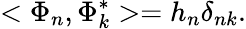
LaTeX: <\Phi_{n},\Phi_{k}^{*}>=h_{n}\delta_{nk}.